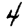
Digit: 4